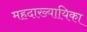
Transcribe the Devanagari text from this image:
महदाख्यायिका